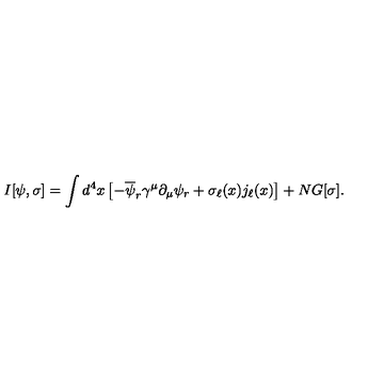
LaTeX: I [ \psi , \sigma ] = \int d ^ { 4 } x \left[ - \overline { { \psi } } _ { r } \gamma ^ { \mu } \partial _ { \mu } \psi _ { r } + \sigma _ { \ell } ( x ) j _ { \ell } ( x ) \right] + N G [ \sigma ] .